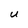
Character: U